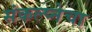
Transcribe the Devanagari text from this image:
संकल्प्नेचा